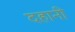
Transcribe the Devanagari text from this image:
दहानी